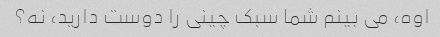
اوه، می بینم شما سبک چینی را دوست دارید، نه؟